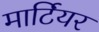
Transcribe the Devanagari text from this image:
मार्टियर